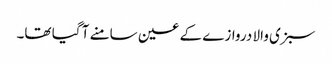
سبزی والا دروازے کے عین سامنے آ گیا تھا۔